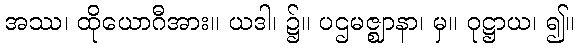
အဿ၊ ထိုယောဂီအား။ ယဒါ၊ ၌။ ပဌမဇ္ဈာနာ၊ မှ။ ဝုဋ္ဌာယ၊ ၍။